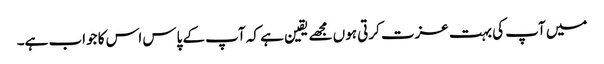
میں آپ کی بہت عزت کرتی ہوں مجھے یقین ہے کہ آپ کے پاس اس کا جواب ہے۔